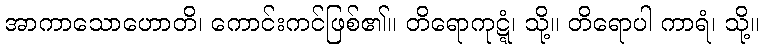
အာကာသောဟောတိ၊ ကောင်းကင်ဖြစ်၏။ တိရောကုဋ္ဋံ၊ သို့။ တိရောပါ ကာရံ၊ သို့။